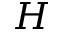
H